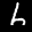
Label: 6